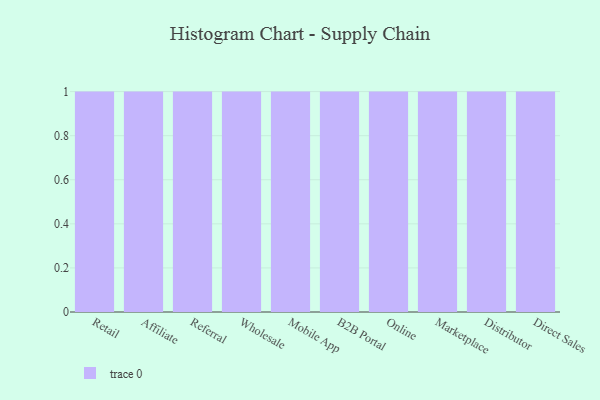
{"axis": {"x": "Channel", "y": "Satisfaction Score"}, "legend": [""], "data": [{"x": "Retail", "y": 28, "type": ""}, {"x": "Affiliate", "y": 79, "type": ""}, {"x": "Referral", "y": 76, "type": ""}, {"x": "Wholesale", "y": 20, "type": ""}, {"x": "Mobile App", "y": 43, "type": ""}, {"x": "B2B Portal", "y": 46, "type": ""}, {"x": "Online", "y": 49, "type": ""}, {"x": "Marketplace", "y": 73, "type": ""}, {"x": "Distributor", "y": 3, "type": ""}, {"x": "Direct Sales", "y": 83, "type": ""}]}